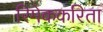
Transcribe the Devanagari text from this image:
रिमेककरिता